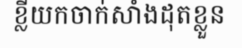
ខ្លីយកចាក់សាំងដុតខ្លួន